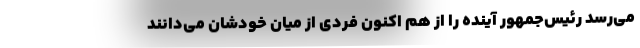
می‌رسد رئیس‌جمهور آینده را از هم اکنون فردی از میان خودشان می‌دانند